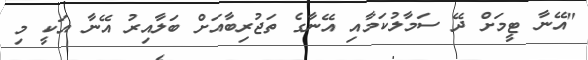
"އޭނާ ޓީމަށް ދޭ ސަމާލުކަމާއި އޭނާގެ ތަޖުރިބާއަށް ބަލާއިރު އޭނާ އަކީ މި